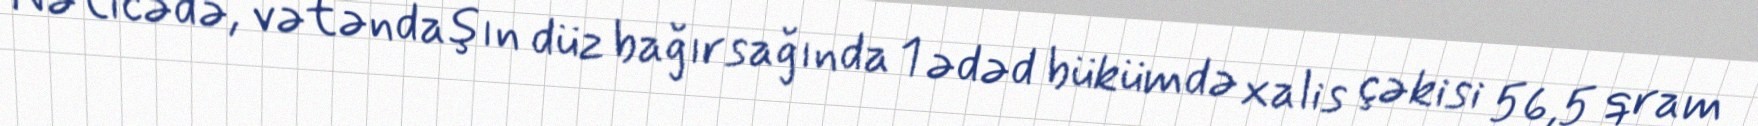
Nəticədə, vətəndaşın düz bağırsağında 1 ədəd bükümdə xalis çəkisi 56,5 qram